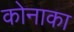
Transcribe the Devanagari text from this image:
कोनाका